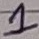
Text: 1